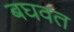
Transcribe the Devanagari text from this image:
बघवत